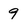
Character: 9